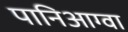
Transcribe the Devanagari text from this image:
पानिआग्वा